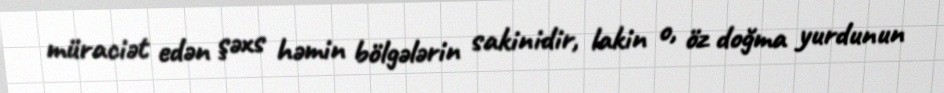
müraciət edən şəxs həmin bölgələrin sakinidir, lakin o, öz doğma yurdunun